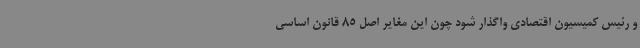
و رئیس کمیسیون اقتصادی واگذار شود چون این مغایر اصل 85 قانون اساسی